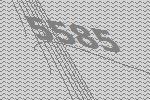
5585